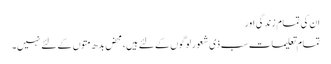
ان کی تمام زندگی اور
تمام تعلیمات سب ذی شعور لوگوں کے لئے ہیں، محض بدھ متوں کے لئے نہیں۔